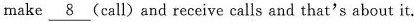
make \underline{8} (call) and receive calls and that's about it.